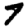
Digit: 7